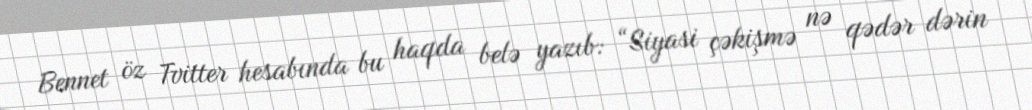
Bennet öz Tvitter hesabında bu haqda belə yazıb: “Siyasi çəkişmə nə qədər dərin